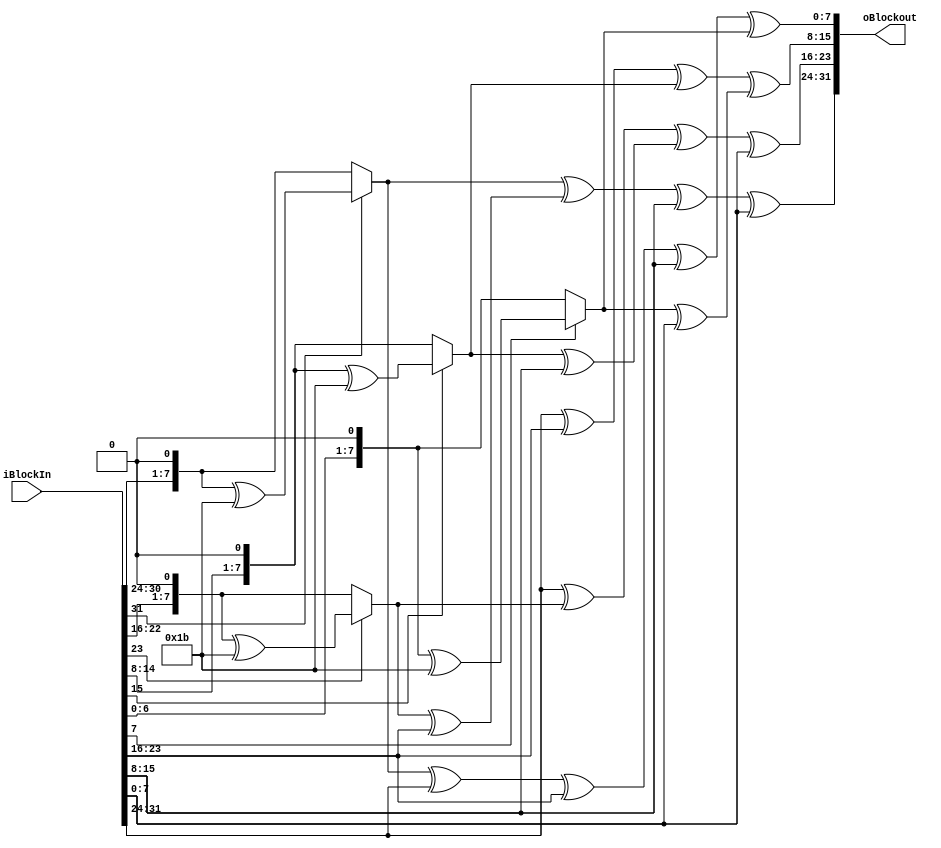
module subColMix
(
	input [31 : 0] iBlockIn,
	output reg [31 : 0] oBlockout
);

wire [7 : 0] wS00 = iBlockIn[31 : 24];
wire [7 : 0] wS10 = iBlockIn[23 : 16];
wire [7 : 0] wS20 = iBlockIn[15 : 8];
wire [7 : 0] wS30 = iBlockIn[7 : 0];

wire [7 : 0] wS00_1 = iBlockIn[31] ? {iBlockIn[30 : 24],1'b0} ^ 8'h1b : {iBlockIn[30 : 24],1'b0};
wire [7 : 0] wS10_1 = iBlockIn[23] ? {iBlockIn[22 : 16],1'b0} ^ 8'h1b : {iBlockIn[22 : 16],1'b0};
wire [7 : 0] wS20_1 = iBlockIn[15] ? {iBlockIn[14 : 8],1'b0} ^ 8'h1b : {iBlockIn[14 : 8],1'b0};
wire [7 : 0] wS30_1 = iBlockIn[7] ? {iBlockIn[6 : 0],1'b0} ^ 8'h1b : {iBlockIn[6 : 0],1'b0};


always @(*)begin
	oBlockout[31 : 24] = wS00_1 ^ (wS10_1 ^ wS10) ^ wS20 ^ wS30;
	oBlockout[23 : 16] = wS00 ^ wS10_1 ^ (wS20_1 ^ wS20) ^ wS30;
	oBlockout[15 : 8] = wS00 ^ wS10 ^ wS20_1 ^ (wS30_1 ^ wS30);
	oBlockout[7 : 0] = (wS00_1 ^ wS00) ^ wS10 ^ wS20 ^ wS30_1;
end

endmodule